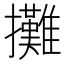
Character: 攤